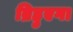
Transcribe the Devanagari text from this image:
ब्रिहुएगा